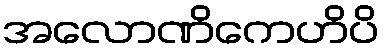
အလောဏိကေဟိပိ